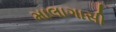
માલાગાસી